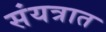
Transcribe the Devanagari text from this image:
संयत्रात